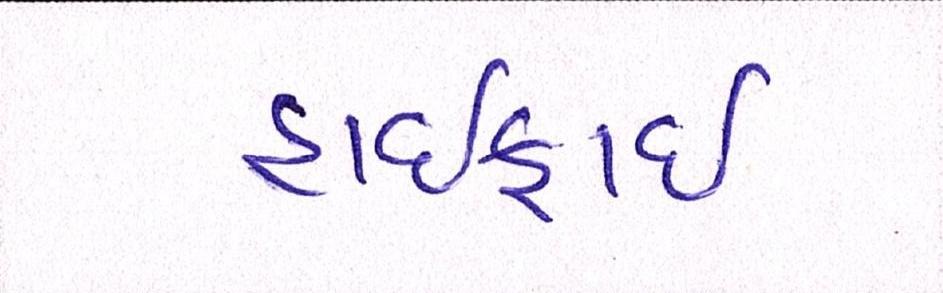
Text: હાઈફાઈ